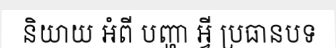
និយាយ អំពី បញ្ហា អ្វី ប្រធានបទ